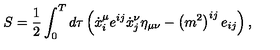
S = \frac 1 2 \int _ { 0 } ^ { T } d \tau \left( \dot { x } _ { i } ^ { \mu } e ^ { i j } \dot { x } _ { j } ^ { \nu } \eta _ { \mu \nu } - \left( m ^ { 2 } \right) ^ { i j } e _ { i j } \right) ,